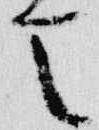
天